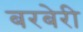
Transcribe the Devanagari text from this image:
बरबेरी